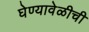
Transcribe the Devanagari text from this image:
घेण्यावेळीची